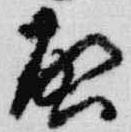
啓